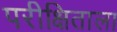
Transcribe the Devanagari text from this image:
परीक्षिताला